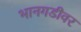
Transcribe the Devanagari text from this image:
भानगडीवर